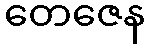
တေဇေန